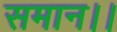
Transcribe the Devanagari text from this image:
समान।।